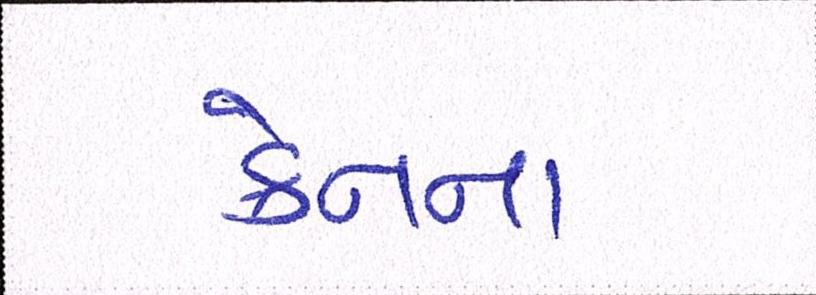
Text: ક્રેનના